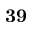
\bf { 3 9 }